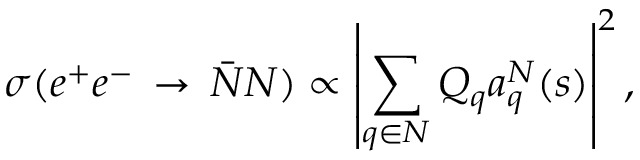
\sigma ( e ^ { + } e ^ { - } \, \rightarrow \, \bar { N } N ) \propto \displaystyle \left\vert \sum _ { q \in N } Q _ { q } a _ { q } ^ { N } ( s ) \right\vert ^ { 2 } ,